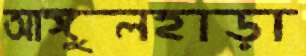
আঙ্গুলহাড়া